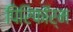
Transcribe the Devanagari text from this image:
पिरिफॉर्म